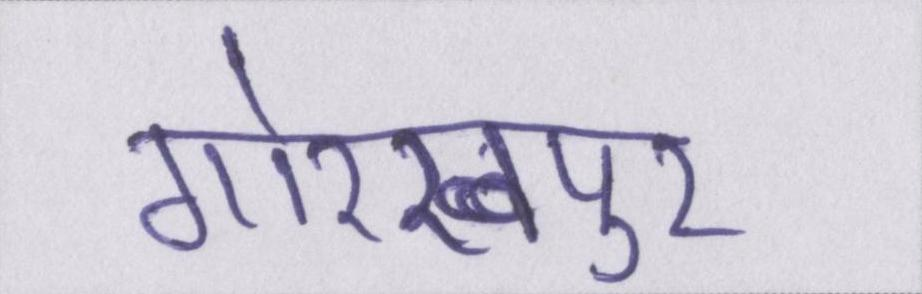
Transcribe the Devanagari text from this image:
गोरखपुर